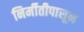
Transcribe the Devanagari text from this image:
निर्मीतीपासून